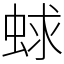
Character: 蛷